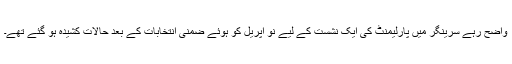
واضح رہے سرینگر میں پارلیمنٹ کی ایک نشست کے لیے نو اپریل کو ہوئے ضمنی انتخابات کے بعد حالات کشیدہ ہو گئے تھے۔